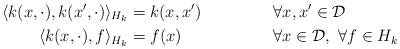
\begin{align*} \langle k(x,\cdot),k(x',\cdot)\rangle_{H_k} &= k(x,x') &&\forall x,x' \in \mathcal{D} \\ \langle k(x,\cdot),f\rangle_{H_k} &= f(x) &&\forall x \in \mathcal{D}, \ \forall f \in H_k \end{align*}